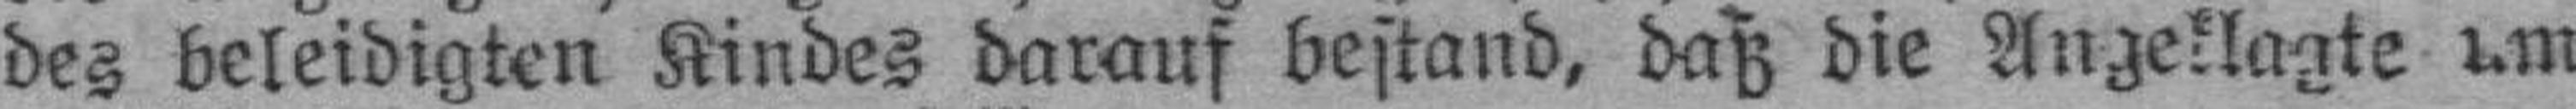
des beleidigten Kindes darauf bestand, daß die Angeklagte um